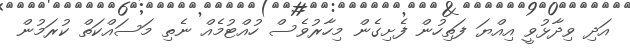
އަދި ވިދާޅުވީ އިއްޔަ ފަތިހުން ފެށިގެން މިހާރުވެސް ހުއްޓުމެއް ނެތި މަސައްކަތް ކުރަމުން